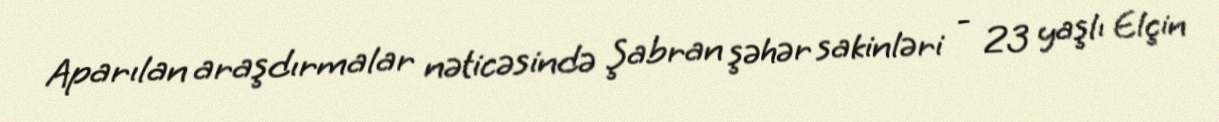
Aparılan araşdırmalar nəticəsində Şabran şəhər sakinləri - 23 yaşlı Elçin